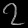
Digit: ၇